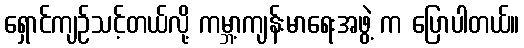
ရှောင်ကျဉ်သင့်တယ်လို့ ကမ္ဘာ့ကျန်းမာရေးအဖွဲ့ က ပြောပါတယ်။